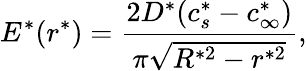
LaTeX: E^{*}(r^{*})=\frac{2D^{*}(c_{s}^{*}-c_{\infty}^{*})}{\pi\sqrt{R^{*2}-r^{*2}}},